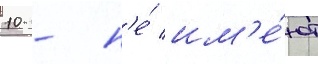
10 - н'е́ им'е́ют